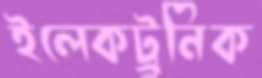
ইলেকট্র্রনিক